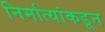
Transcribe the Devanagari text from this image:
निर्मात्यांकडून